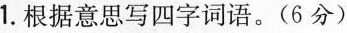
1.根据意思写四字词语。(6分)